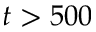
t > 5 0 0